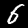
Label: 6